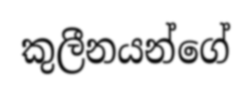
කුලීනයන්ගේ